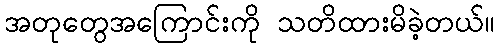
အတုတွေအကြောင်းကို သတိထားမိခဲ့တယ်။